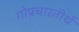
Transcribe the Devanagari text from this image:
गोप्रचारतीर्थ